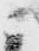
ニ